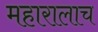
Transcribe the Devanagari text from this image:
महारालाच